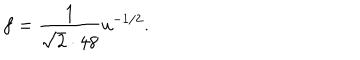
LaTeX: f = { \frac { 1 } { \sqrt 2 \cdot 4 8 } } u ^ { - 1 / 2 } .